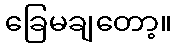
ခြေမချတော့။